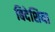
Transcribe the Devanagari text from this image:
बिदेशिया